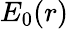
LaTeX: E_{0}(r)